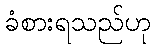
ခံစားရသည်ဟု